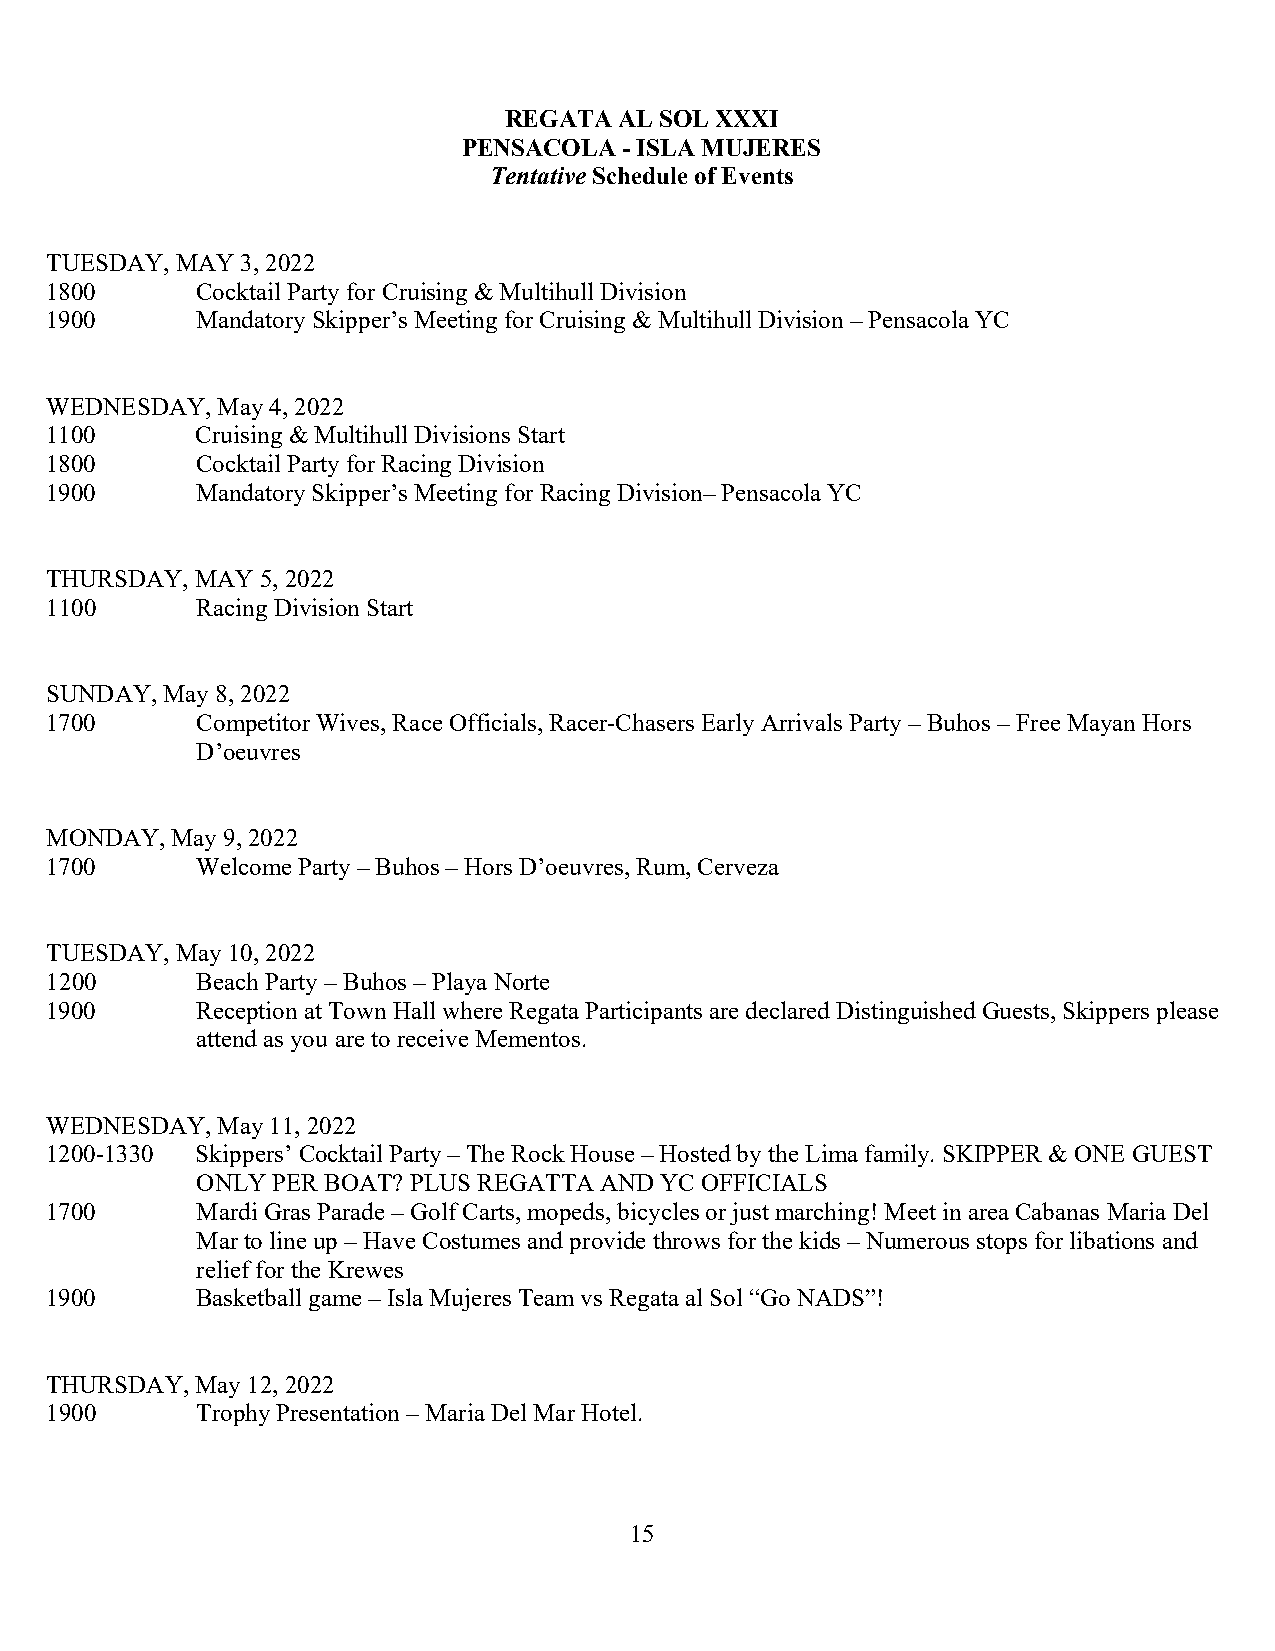
REGATA  AL SOL XXXI
 PENSACOLA - ISLA MUJERES
 Tentative Schedule of Events
 TUESDAY, MAY 3, 2022
 1800      Cocktail Party for Cruising & Multihull Division
 1900      Mandatory Skipper’s Meeting for Cruising & Multihull Division – Pensacola YC
 WEDNESDAY, May 4, 2022
 1100      Cruising & Multihull Divisions Start
 1800      Cocktail Party for Racing Division
 1900      Mandatory Skipper’s Meeting for Racing Division– Pensacola YC
 THURSDAY, MAY 5, 2022
 1100      Racing Division Start
 SUNDAY, May 8, 2022
 1700      Competitor Wives, Race Officials, Racer-Chasers Early Arrivals Party – Buhos – Free Mayan Hors
 D’oeuvres
 MONDAY, May 9, 2022
 1700      Welcome Party – Buhos – Hors D’oeuvres, Rum, Cerveza
 TUESDAY, May 10, 2022
 1200      Beach Party – Buhos – Playa Norte
 1900      Reception at Town Hall where Regata Participants are declared Distinguished Guests, Skippers please
 attend as you are to receive Mementos.
 WEDNESDAY, May 11, 2022
 1200-1330 Skippers’ Cocktail Party – The Rock House – Hosted by the Lima family. SKIPPER & ONE GUEST
 ONLY PER BOAT? PLUS REGATTA AND YC OFFICIALS
 1700      Mardi Gras Parade – Golf Carts, mopeds, bicycles or just marching! Meet in area Cabanas Maria Del
 Mar to line up – Have Costumes and provide throws for the kids – Numerous stops for libations and
 relief for the Krewes
 1900      Basketball game – Isla Mujeres Team vs Regata al Sol “Go NADS”!
 THURSDAY, May 12, 2022
 1900      Trophy Presentation – Maria Del Mar Hotel.
 15